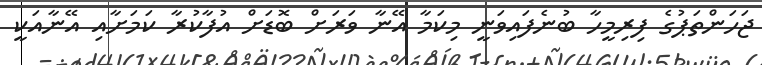
ޖަހަންތަޕުގެ ފިރިމީހާ ބުނެފައިވަނީ މިކަމާ އޭނާ ވަރަށް ބޮޑަށް އުފާކުރާ ކަމަށާއި އޭނާއަކީ